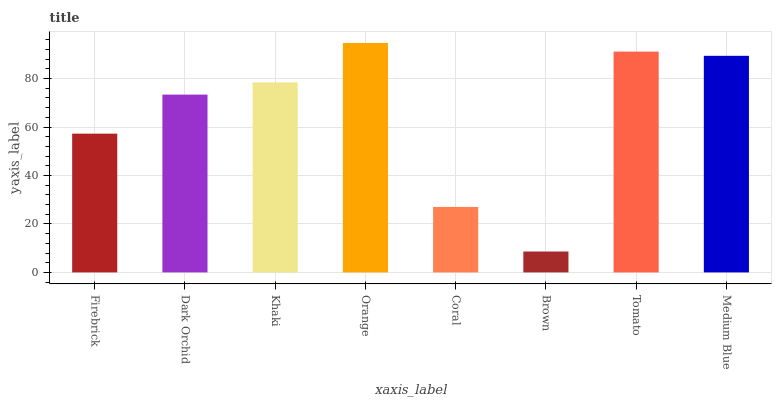
| xaxis_label | bars |
 | --- | --- |
 | Firebrick | 57.3 |
 | Dark Orchid | 73.4 |
 | Khaki | 78.4 |
 | Orange | 94.7 |
 | Coral | 27 |
 | Brown | 8.63 |
 | Tomato | 91.1 |
 | Medium Blue | 89.4 |